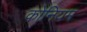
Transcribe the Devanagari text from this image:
कोनियम